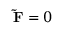
\mathbf { \tilde { F } } = 0